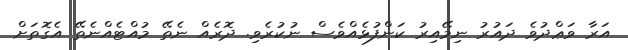
އަރާ ވަޢްދުވެ ދައުރު ނިމޭއިރު ކަންފުޅެއްވެސް ނުކުރެވި. ދޮރެއް ނެތޭ މުއްޓެއްނެތޭ އެގޮތަށް